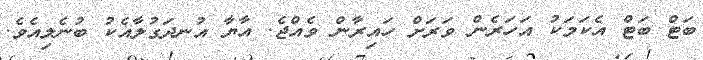
ބަޓް ބަޓް އެކަމަކު އަހަރެން ވަރަށް ހައިރާން ވެއްޖެ. އާޔާ އުނދަގުލާއެކު ބުނެލިއެވެ.